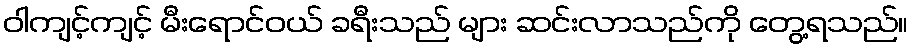
ဝါကျင့်ကျင့် မီးရောင်ဝယ် ခရီးသည် များ ဆင်းလာသည်ကို တွေ့ရသည်။